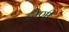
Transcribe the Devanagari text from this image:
टौणी